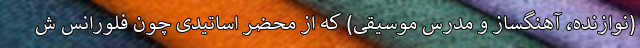
(نوازنده، آهنگساز و مدرس موسیقی) که از محضر اساتیدی چون فلورانس ش